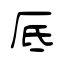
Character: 厎